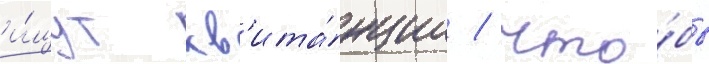
и́щут кв'ита́нции / что́бы